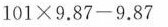
101 \times 9.87-9.87